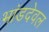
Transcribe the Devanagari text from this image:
भांडदेवल